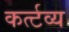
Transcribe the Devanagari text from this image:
कर्त्टव्य